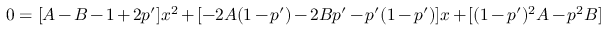
0 = [ A - B - 1 + 2 p ^ { \prime } ] x ^ { 2 } + [ - 2 A ( 1 - p ^ { \prime } ) - 2 B p ^ { \prime } - p ^ { \prime } ( 1 - p ^ { \prime } ) ] x + [ ( 1 - p ^ { \prime } ) ^ { 2 } A - p ^ { 2 } B ]